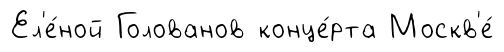
Ел'е́ной Голованов конце́рта Москв'е́